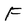
Character: F